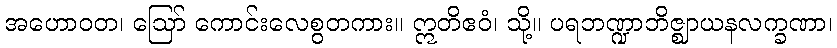
အဟောဝတ၊ ဩော် ကောင်းလေစွတကား။ ဣတိဧဝံ၊ သို့။ ပရဘဏ္ဍာဘိဇ္ဈာယနလက္ခဏာ၊